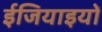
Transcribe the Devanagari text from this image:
ईजियाइयों